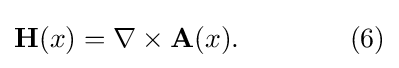
\mathbf {H} (x)=\nabla \times \mathbf {A} (x).\quad \quad \quad \quad (6)